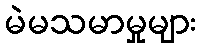
မဲမသမာမှုများ